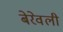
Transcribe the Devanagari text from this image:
बेरेवली